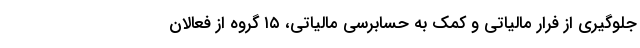
جلوگیری از فرار مالیاتی و کمک به حسابرسی مالیاتی، ۱۵ گروه از فعالان